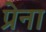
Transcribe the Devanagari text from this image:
प्रेना